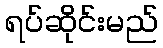
ရပ်ဆိုင်းမည်